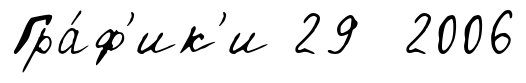
Гра́ф'ик'и 29 2006